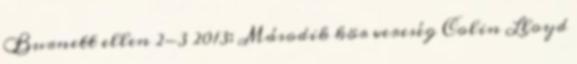
Burnett ellen 2-3 2013: Második kör vereség Colin Lloyd